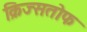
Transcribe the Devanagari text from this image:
क्रिज्सतोफ